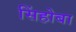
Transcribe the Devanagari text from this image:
सिंहोबा